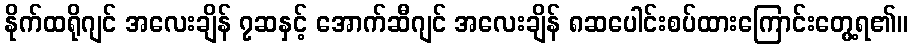
နိုက်ထရိုဂျင် အလေးချိန် ၇ဆနှင့် အောက်ဆီဂျင် အလေးချိန် ၈ဆပေါင်းစပ်ထားကြောင်းတွေ့ရ၏။